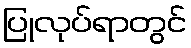
ပြုလုပ်ရာတွင်